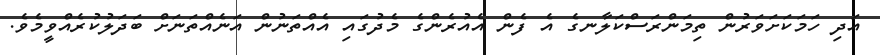
އަދި ހަމަކަށަވަރުން ތިމަންރަސްކަލާނގެ އެ ފެން އެއުރެންގެ މެދުގައި އެއްތަނުން އަނެއްތަނަށް ބަދަލުކުރެއްވީމެވެ.